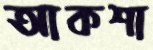
আকশা